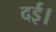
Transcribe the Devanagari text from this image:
दई।